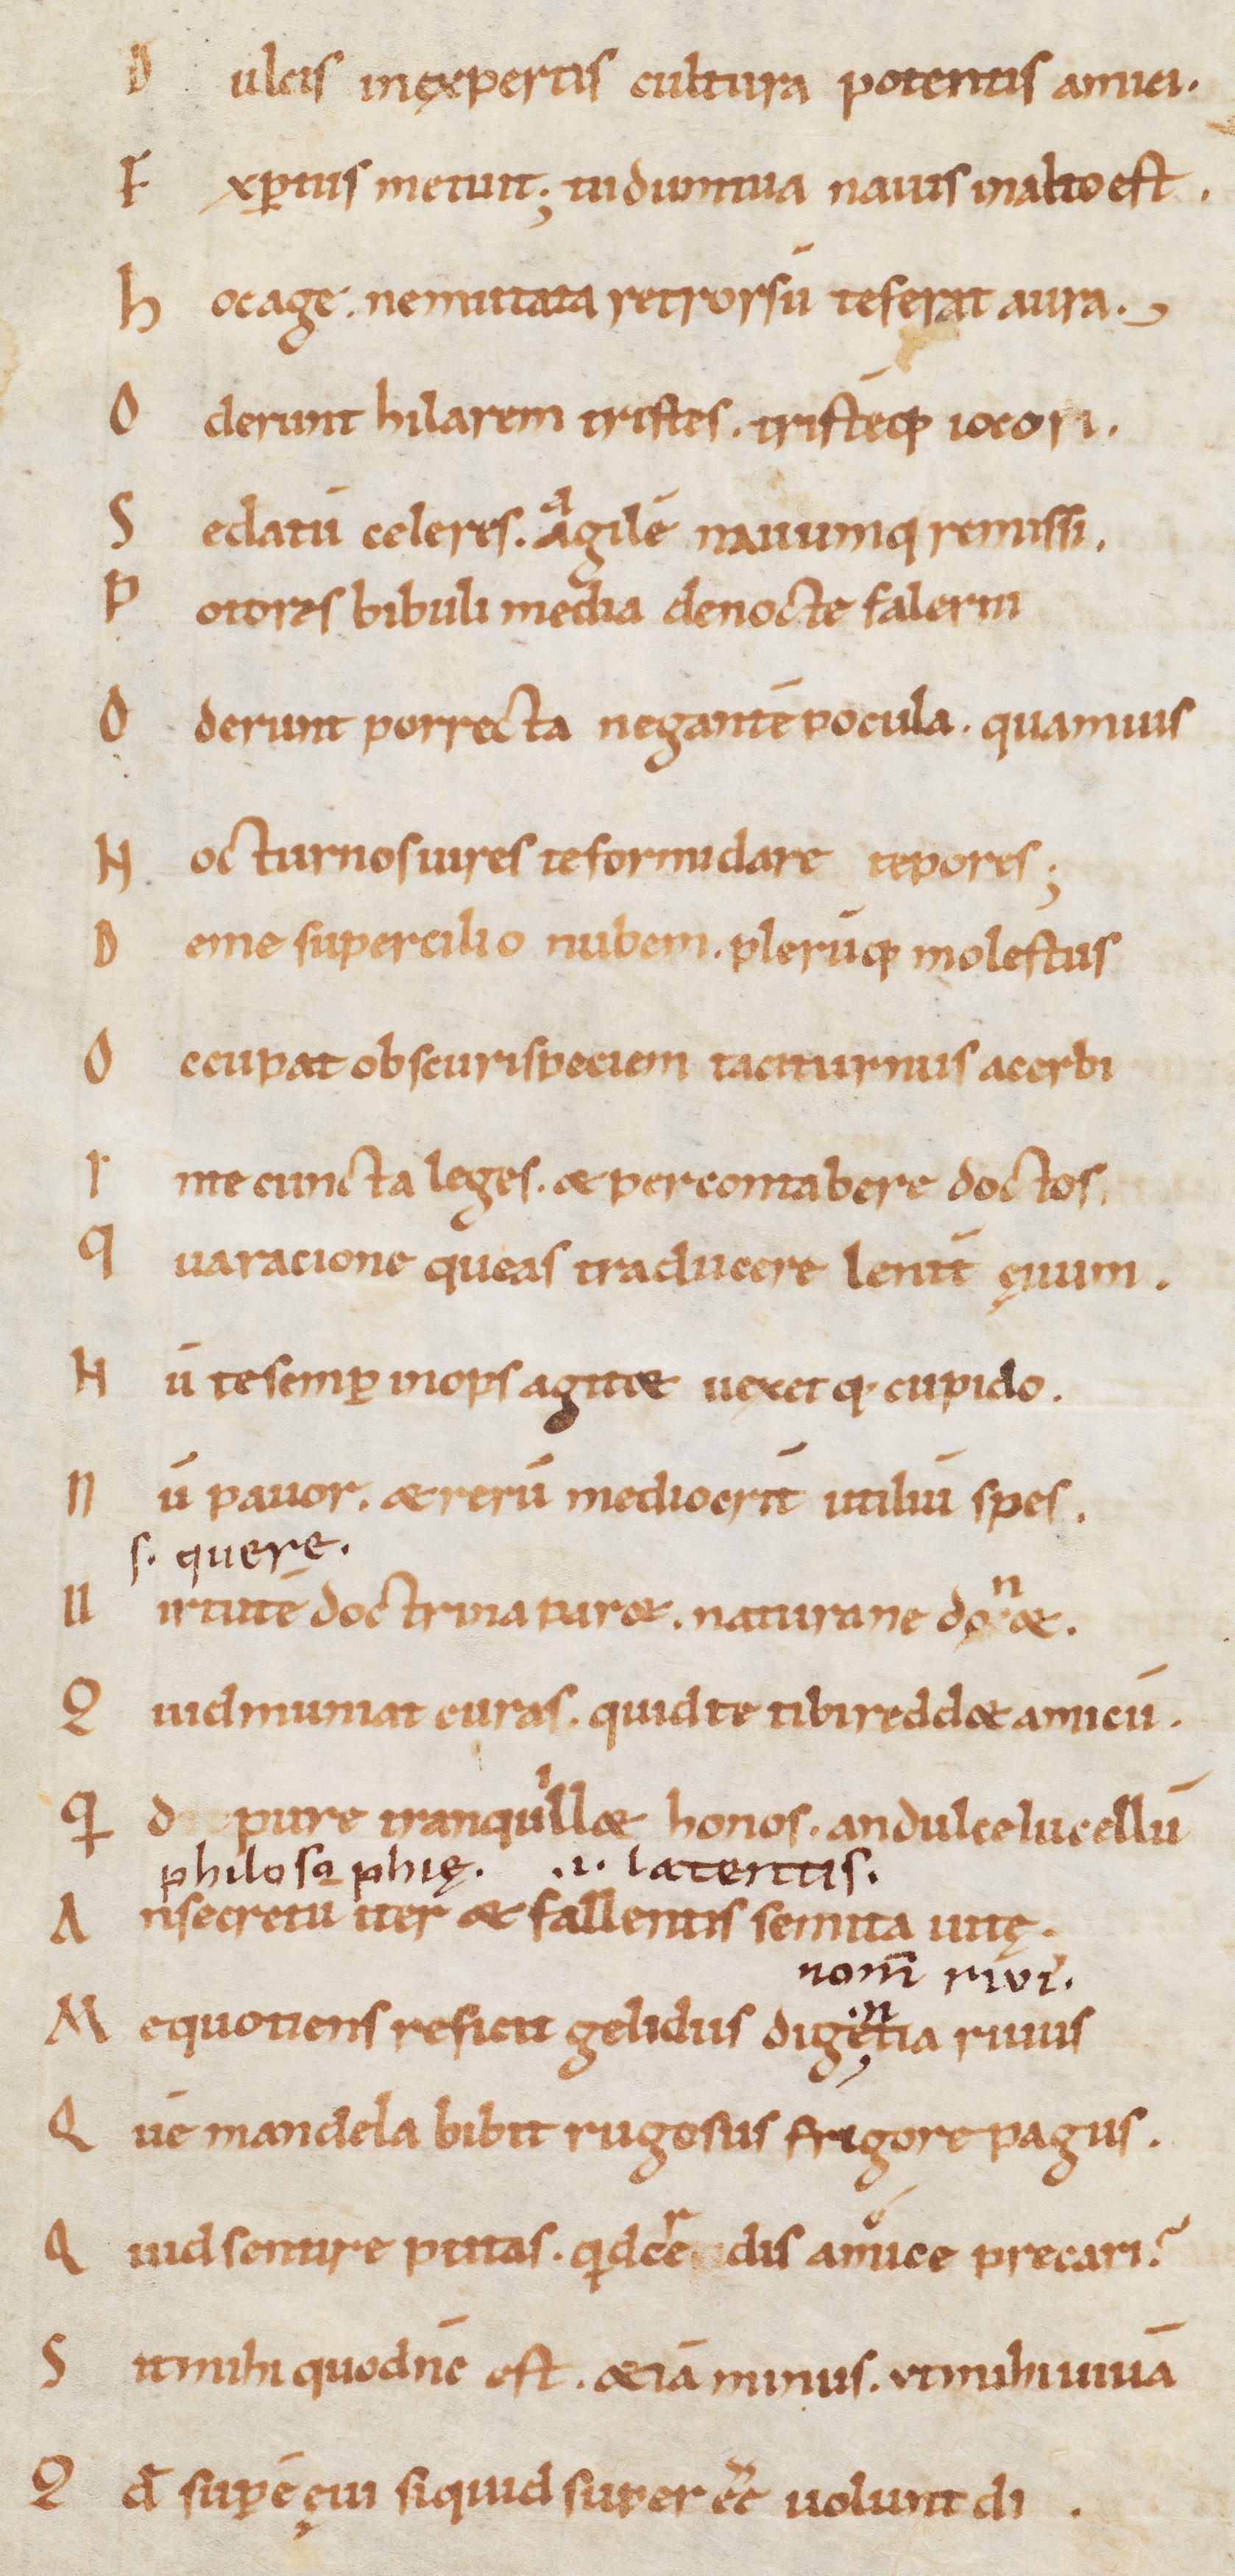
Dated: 900–999